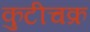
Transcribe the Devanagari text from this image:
कुटीचक्र